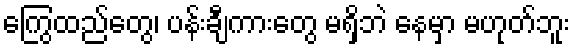
ကြွေထည်တွေ၊ ပန်းချီကားတွေ မရှိဘဲ နေမှာ မဟုတ်ဘူး